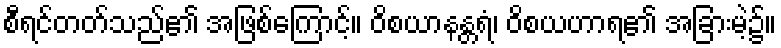
စီရင်တတ်သည်၏ အဖြစ်ကြောင့်။ ဝိစယာနန္တရံ၊ ဝိစယဟာရ၏ အခြားမဲ့၌။